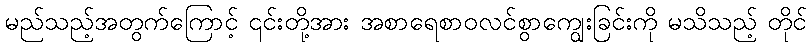
မည်သည့်အတွက်ကြောင့် ၎င်းတို့အား အစာရေစာဝလင်စွာကျွေးခြင်းကို မသိသည့် တိုင်